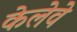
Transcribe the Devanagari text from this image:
केलेवे